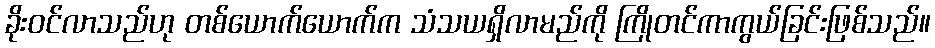
ခိုးဝင်လာသည်ဟု တစ်ယောက်ယောက်က သံသယရှိလာမည်ကို ကြိုတင်ကာကွယ်ခြင်းဖြစ်သည်။